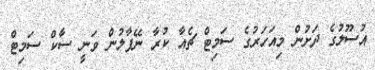
އުސޫލުގެ ދަށުން މިއަހަރުގެ ސަމިޓް ޗެއާ ކުރާ ނޭޕާލުން ވަނީ ސާކް ސަމިޓް